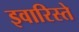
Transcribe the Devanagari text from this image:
इवारिस्ते